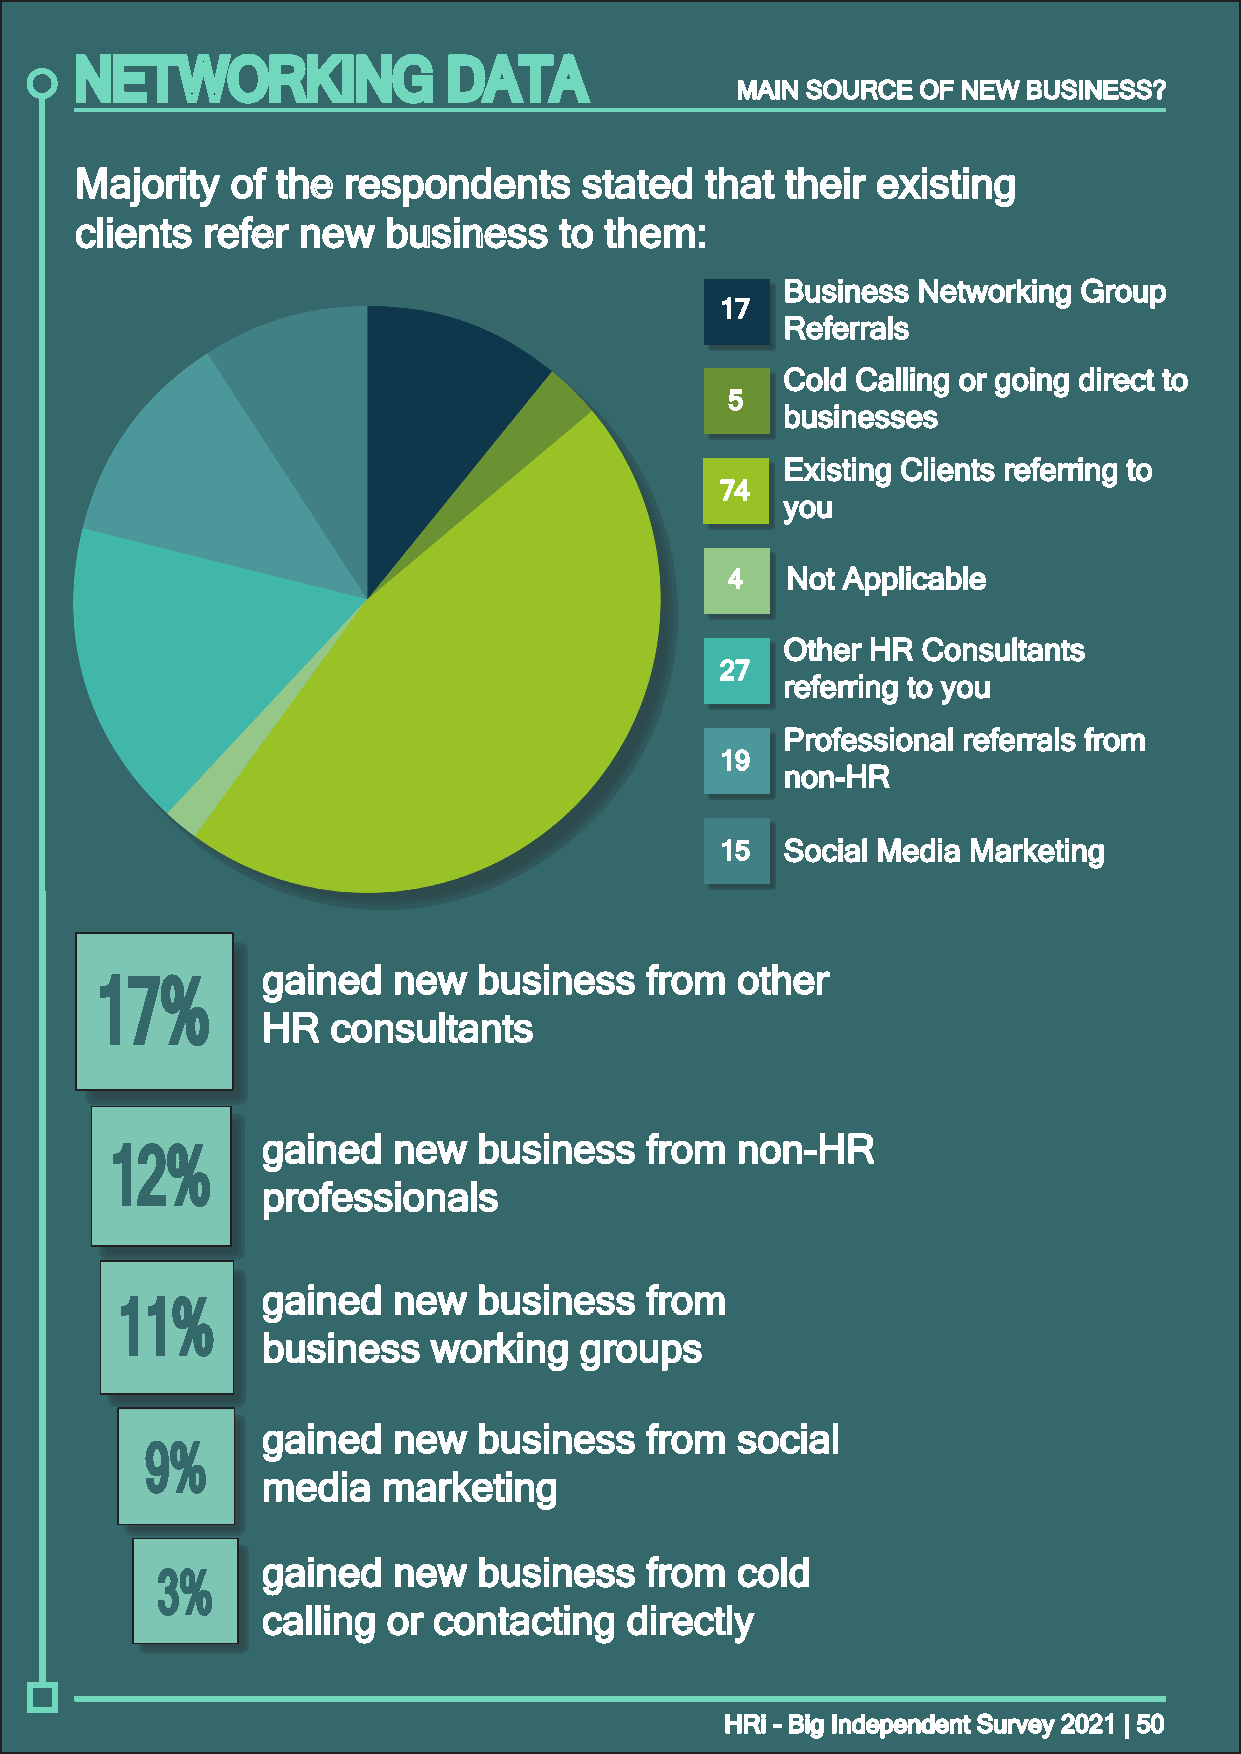
NETWORKING               DATA
 MMAAIINN SSOOUURRCCEE OOFF NNEEWW BBUUSSIINNEESSSS??
 MMaajjoorriittyy ooff tthhee rreessppoonnddeennttss ssttaatteedd tthhaatt tthheeiirr eexxiissttiinngg
 cclliieennttss rreeffeerr nneeww bbuussiinneessss ttoo tthheemm::
 BBuussiinneessss NNeettwwoorrkkiinngg GGrroouupp
 1177
 RReeffeerrrraallss
 CCoolldd CCaalllliinngg oorr ggooiinngg ddiirreecctt ttoo
 55
 bbuussiinneesssseess
 EExxiissttiinngg CClliieennttss rreeffeerrrriinngg ttoo
 7744
 yyoouu
 44  NNoott AApppplliiccaabbllee
 OOtthheerr HHRR CCoonnssuullttaannttss
 2277
 rreeffeerrrriinngg ttoo yyoouu
 PPrrooffeessssiioonnaall rreeffeerrrraallss ffrroomm
 1199
 nnoonn--HHRR
 1155 SSoocciiaall MMeeddiiaa MMaarrkkeettiinngg
 ggaaiinneedd nneeww bbuussiinneessss ffrroomm ootthheerr
 17%
 HHRR ccoonnssuullttaannttss
 ggaaiinneedd nneeww bbuussiinneessss ffrroomm nnoonn--HHRR
 12%
 pprrooffeessssiioonnaallss
 ggaaiinneedd nneeww bbuussiinneessss ffrroomm
 11%
 bbuussiinneessss wwoorrkkiinngg ggrroouuppss
 ggaaiinneedd nneeww bbuussiinneessss ffrroomm ssoocciiaall
 9%
 mmeeddiiaa mmaarrkkeettiinngg
 ggaaiinneedd nneeww bbuussiinneessss ffrroomm ccoolldd
 3%
 ccaalllliinngg oorr ccoonnttaaccttiinngg ddiirreeccttllyy
 HHRRii -- BBiigg IInnddeeppeennddeenntt SSuurrvveeyy 22002211 || 5500